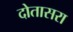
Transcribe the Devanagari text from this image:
दोतासरा